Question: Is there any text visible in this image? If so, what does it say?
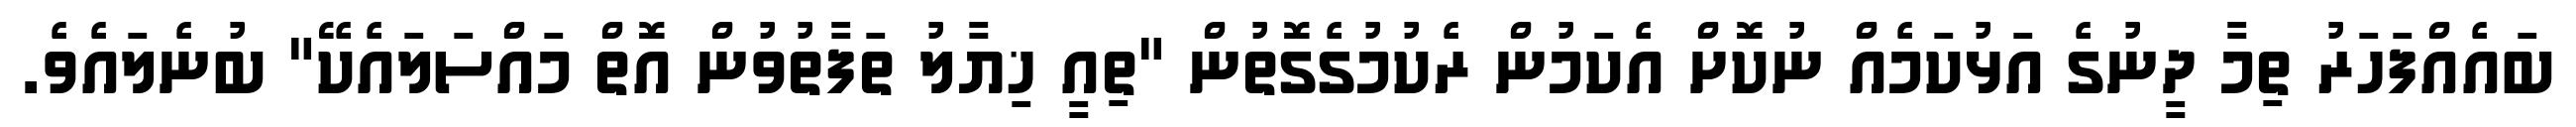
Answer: ބައެއްފަހަރު ތިމާ ދީނުގެ އަޅުކަމެއް ނުކޮށް އެކަމުން ރެކުމުގެގޮތުން "ތިއީ ޚިޔާލު ތަފާތުވުން އޮތް މައްސަލައެކޭ" ބުނެލައެވެ.